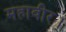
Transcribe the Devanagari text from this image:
महावीर।